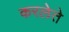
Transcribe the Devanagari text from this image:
करलेते